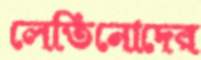
লেতিনোদের